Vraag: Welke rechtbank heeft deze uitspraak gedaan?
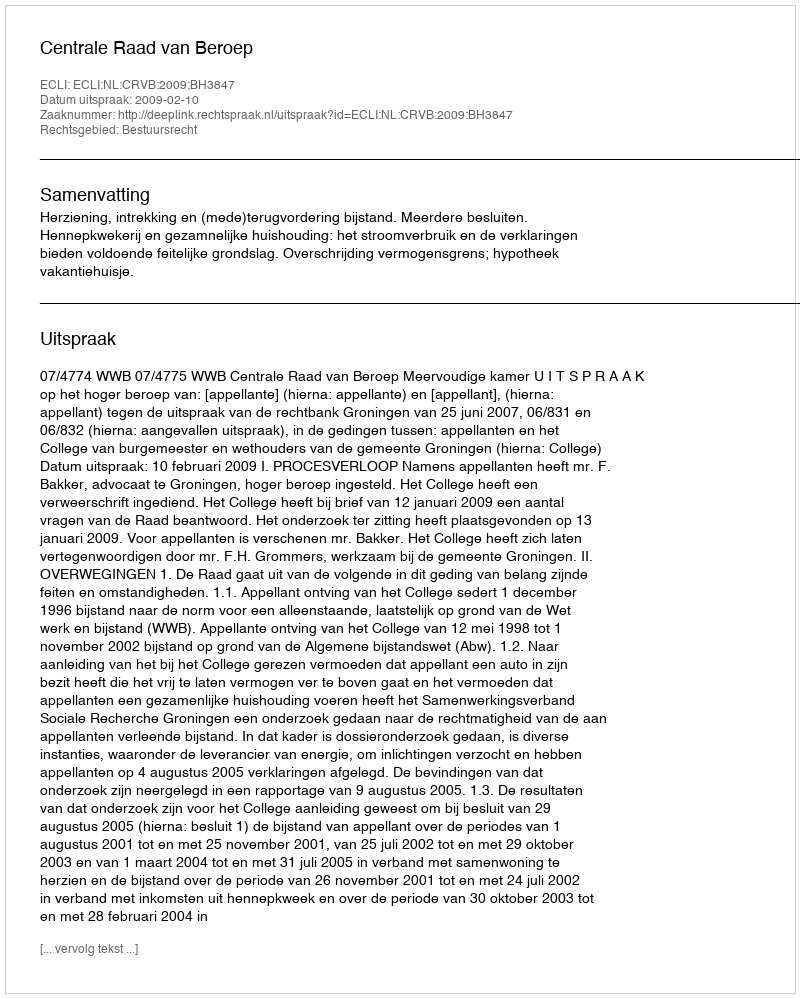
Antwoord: Centrale Raad van Beroep